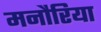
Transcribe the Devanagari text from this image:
मनौरिया